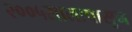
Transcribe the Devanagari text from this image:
२००५सालापासून